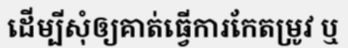
ដើម្បីសុំឲ្យគាត់ធ្វើការកែតម្រូវ ឬ